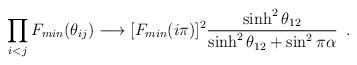
LaTeX: \begin{align*}\prod_{i<j}F_{min}(\theta_{ij}) \longrightarrow [F_{min}(i\pi)]^2\frac{\sinh^2\theta_{12}}{\sinh^2\theta_{12} + \sin^2\pi\alpha}\,\,\,.\end{align*}